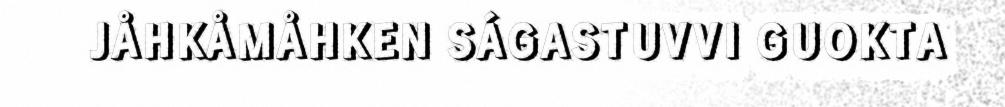
JÅHKÅMÅHKEN SÁGASTUVVI GUOKTA